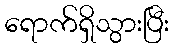
ရောက်ရှိသွားပြီး